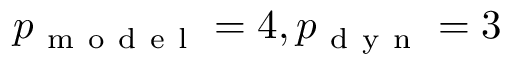
p _ { \mathrm { ~ m ~ o ~ d ~ e ~ l ~ } } = 4 , p _ { \mathrm { ~ d ~ y ~ n ~ } } = 3